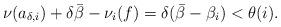
LaTeX: \begin{align*}\nu(a_{\delta,i})+\delta\bar\beta-\nu_i(f)=\delta(\bar\beta-\beta_i)<\theta(i).\end{align*}